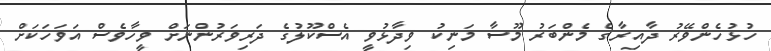
ހުޅުހެންވޭރު ދާއިރާގެ މެންބަރު މޫސާ މަނިކު ވިދާޅުވީ އެސްކޫލުގެ ދަރިވަރުންނަށް ވީހާވެސް އަވަހަކަށް